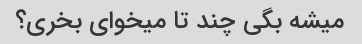
میشه بگی چند تا میخوای بخری؟